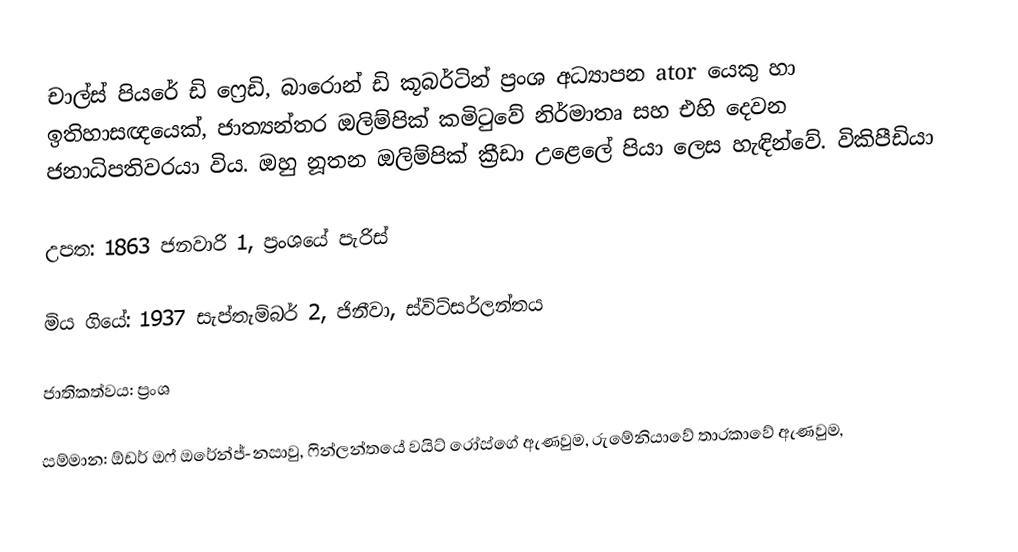
චාල්ස් පියරේ ඩි ෆ්‍රෙඩි, බාරොන් ඩි කූබර්ටින් ප්‍රංශ අධ්‍යාපන ator යෙකු හා ඉතිහාසඥයෙක්, ජාත්‍යන්තර ඔලිම්පික් කමිටුවේ නිර්මාතෘ සහ එහි දෙවන ජනාධිපතිවරයා විය.  ඔහු නූතන ඔලිම්පික් ක්‍රීඩා උළෙලේ පියා ලෙස හැඳින්වේ.  විකිපීඩියා

 උපත: 1863 ජනවාරි 1, ප්‍රංශයේ පැරිස්

 මිය ගියේ: 1937 සැප්තැම්බර් 2, ජිනීවා, ස්විට්සර්ලන්තය

 ජාතිකත්වය: ප්‍රංශ

 සම්මාන: ඕඩර් ඔෆ් ඔරේන්ජ්-නසාවු, ෆින්ලන්තයේ වයිට් රෝස්ගේ ඇණවුම, රුමේනියාවේ තාරකාවේ ඇණවුම,